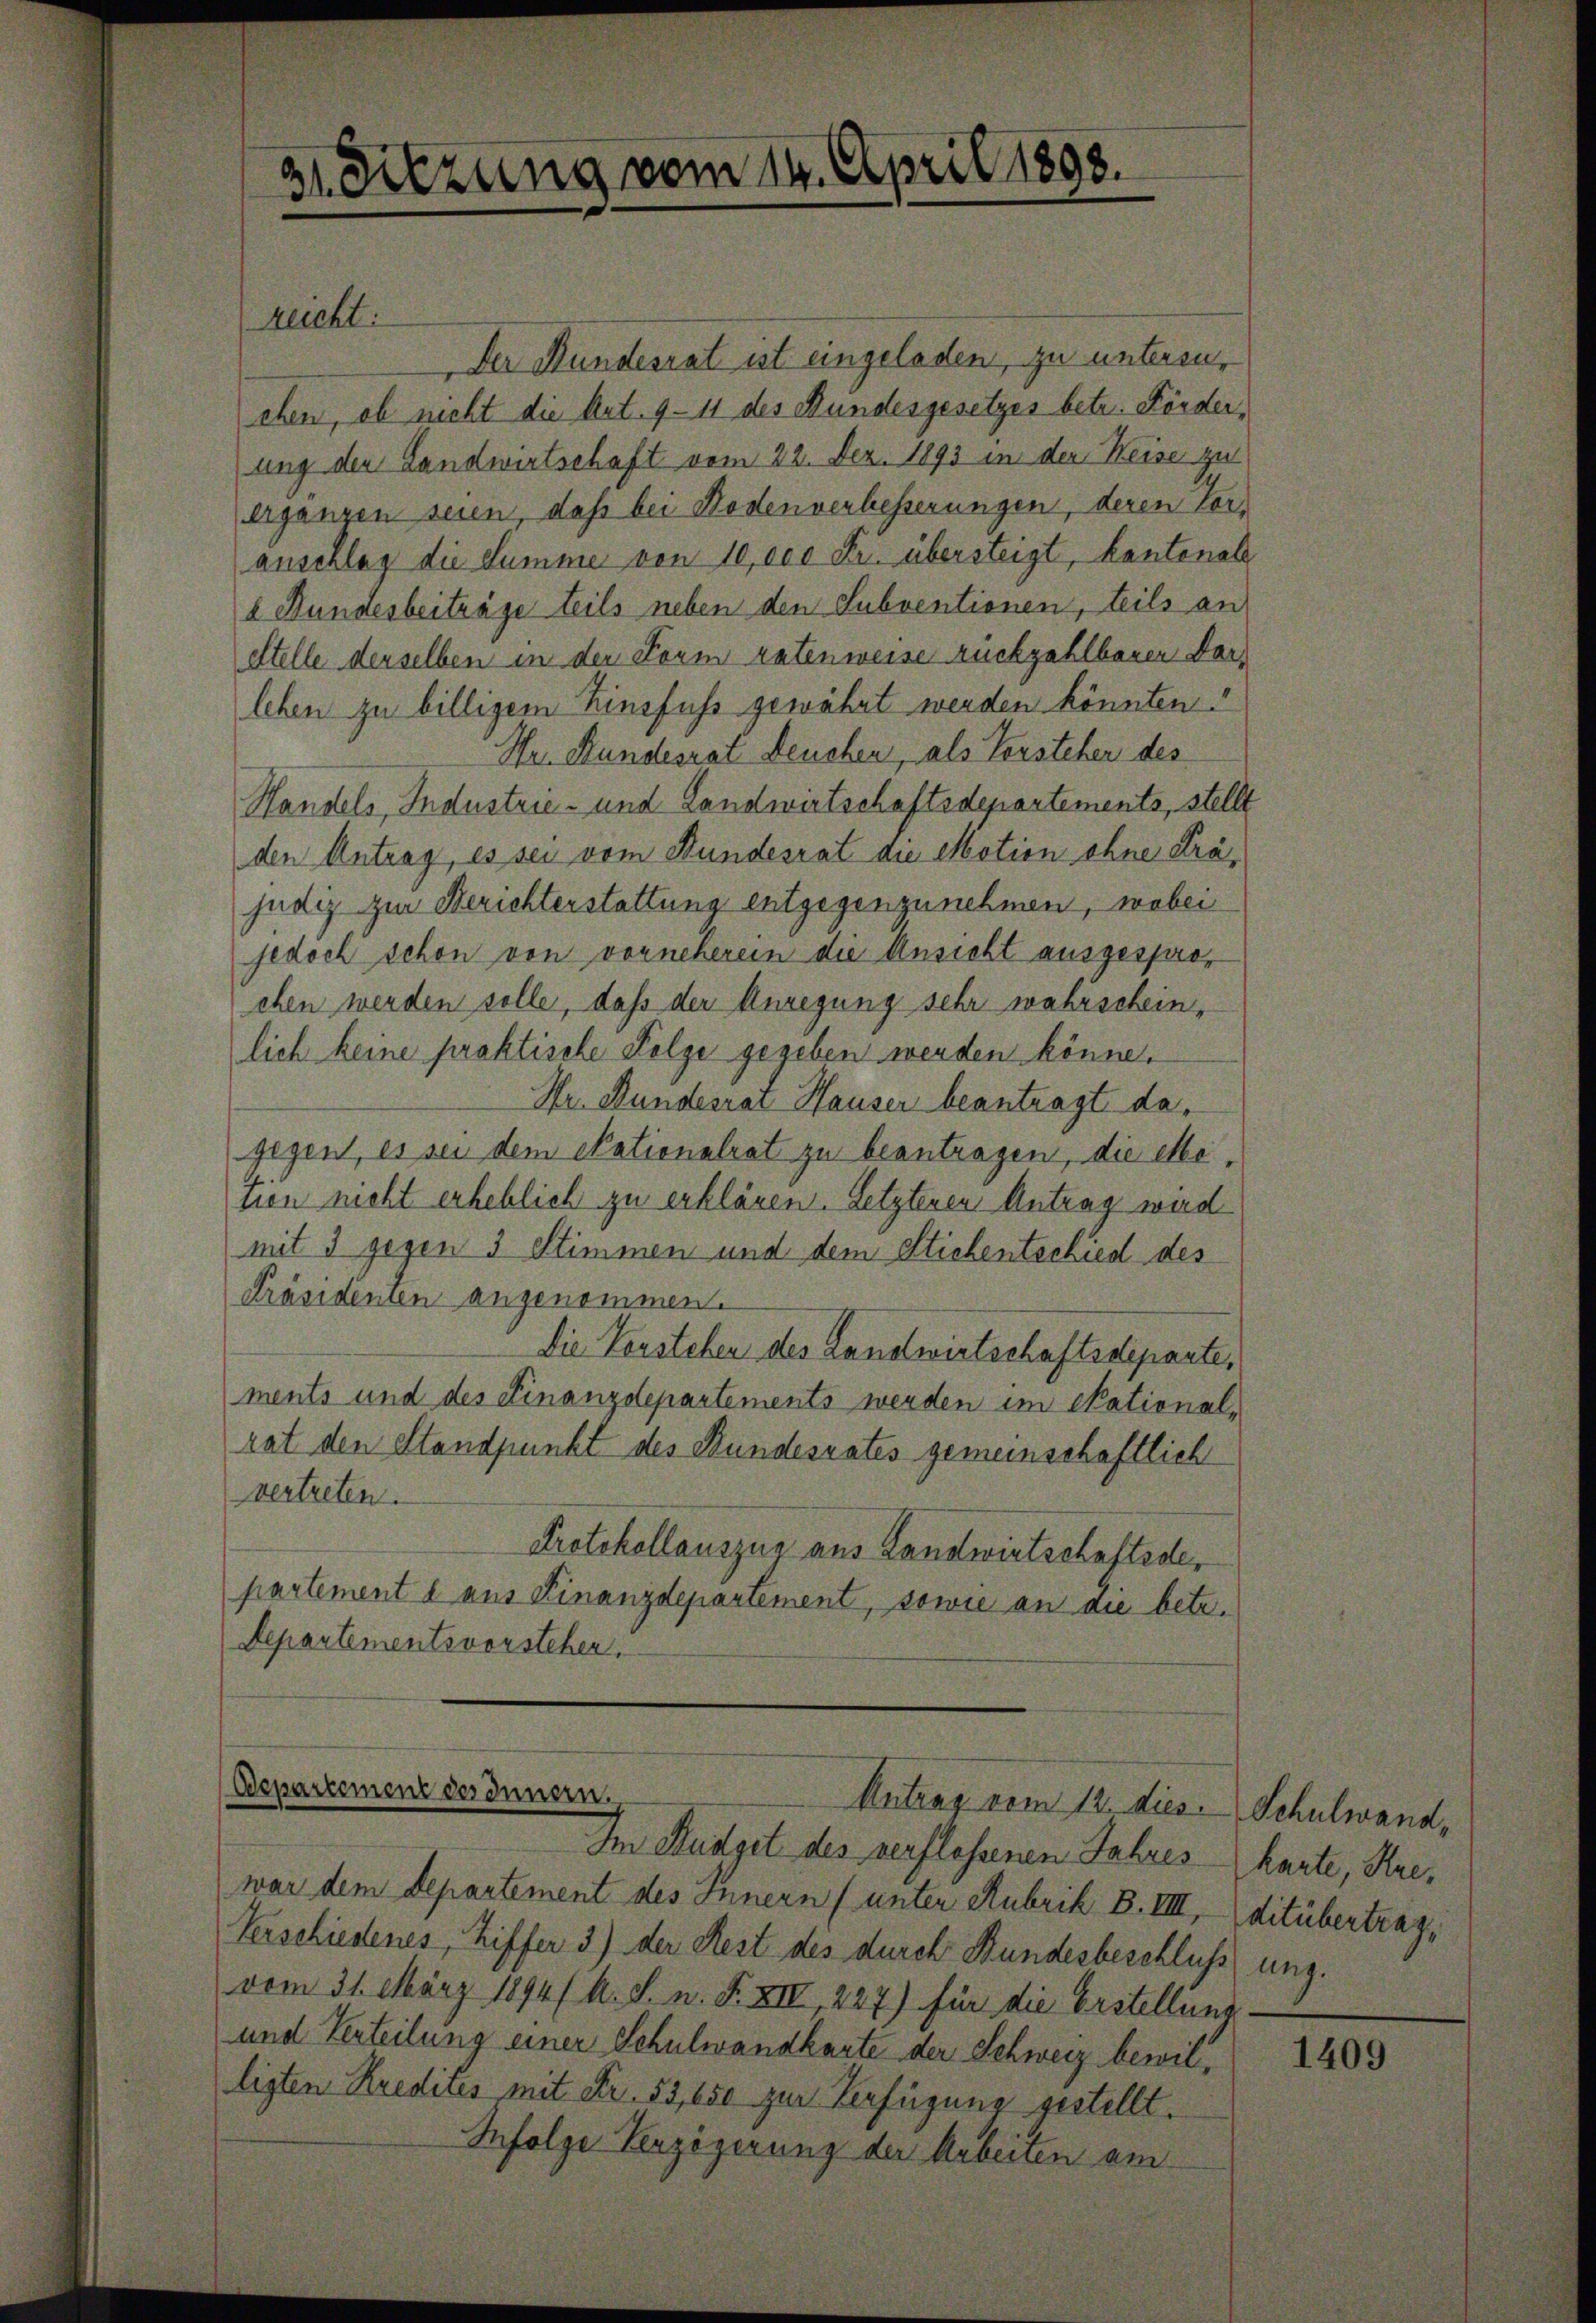
31. Sitzung vom 14. April 1898.

Recht.

Der Bundesrat ist eingeladen, zu untersuchen, ob nicht die Art. 911 des Bundesgesetzes betr. Förderung der Landwirtschaft vom 22. Dez. 1893 in der Reise zu
erganzen seien, daß bei Bodenverhesserungen, deren Voranschlag die Summe von 10,000 Fr. übersteigt, kantonale
e Hundesbeiträge teils neben den Subventionen, teils an
estelle derselben in der Form ratenweise rückzahlbarer Darlehen zu billigem Zinsfuss gewährt werden könnten.
Hr. Bundesrat Deuchen, als Vorsteher des
Handels, Industrie- und Landwirtschaftsdepartements, stellt
den Antrag, es sei vom Bundesrat die Motion ohne Präjudiz zur Berichterstattung entgegenzunehmen, wobei
jedoch schon von vorneherein die Ansicht ausgesprochen werden solle, daß der Anregung sehr wahrscheinlich keine praktische Folge gegeben werden könne.
Dr. Stundesrat Hauser beantragt dagegent, es sei dem Nationalrat zu beantragen, die elle
tien nicht erheblich zu erklären. Letzteren Antrag wird
mit 3 gegen 3 Stimmen und dem Stichentschied des
Präsidenten angenommen.
Die Vorstehen des Landwirtschaftsdeparte,
ments und des Finanzdepartements werden im Stational-
rat den Standpunkt des Bundesrates gemeinschaftlich
vertreten.
Protokollauszug aus Landwirtschaftsdepartement d aus Finanzdepartement, sowie an die betr.
Departementsvorstehen.

Departement des Innern,
Antrag vom 12. dies

Schulwand,
harte, Kreditübertrag,

Im Budget des verflossenen Jahres
war dem Departement des Innern (unter Rubrik B. VIII,
Verschiedenes, Ziffer 3) der Rest des durch Bundesbeschluss ung.
vom 31. März 1894/ A. S. n. F. XII, 227) für die Erstellung
und Verteilung einer Schulwandkarte der Schweiz bewilligten Kredites mit Fr. 53, 650 zur Verfügung gestellt.
Infolge Verzögerung der Arbeiten am

1409